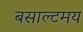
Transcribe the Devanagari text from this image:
बसाल्टमय